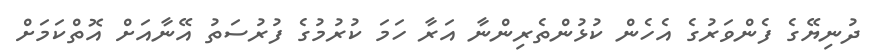
ދުނިޔޭގެ ފެންވަރުގެ އެހެން ކުޅުންތެރިންނާ އަރާ ހަމަ ކުރުމުގެ ފުރުސަތު އޭނާއަށް އޮތްކަމަށް